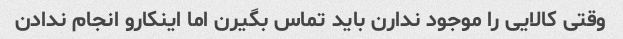
وقتی کالایی را موجود ندارن باید تماس بگیرن اما اینکارو انجام ندادن